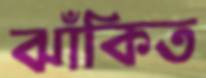
ঝাঁকিত